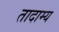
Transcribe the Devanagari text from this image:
तादाम्य